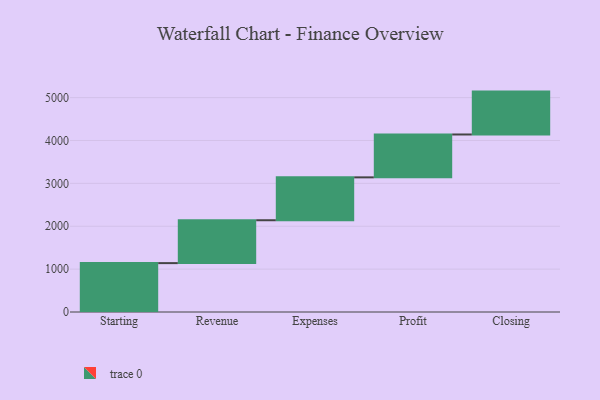
{"axis": {"x": "Step", "y": "Value"}, "legend": [""], "data": [{"x": "Starting", "y": 1140.0, "type": ""}, {"x": "Revenue", "y": 1000, "type": ""}, {"x": "Expenses", "y": 1000, "type": ""}, {"x": "Profit", "y": 1000, "type": ""}, {"x": "Closing", "y": 1000, "type": ""}]}